Indian journal of veterinary science and animal husbandry - Volumes 18-21, 1948-1951
Year: 1948
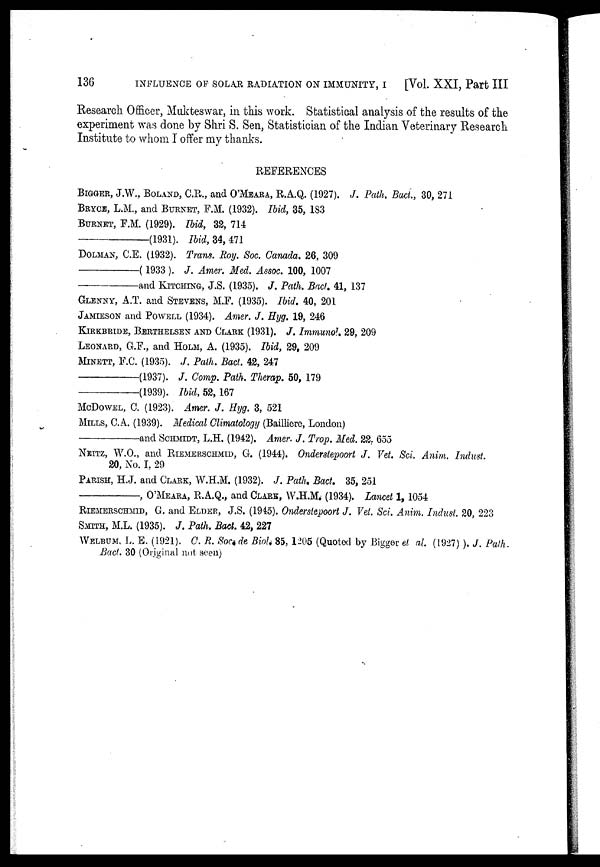
136
INFLUENCE OF SOLAR RADIATION ON IMMUNITY, I
[Vol. XXI, Part III
Research Officer, Mukteswar, in this work. Statistical analysis of the results of the
experiment was done by Shri S. Sen, Statistician of the Indian Veterinary Research
Institute to whom I offer my thanks.
REFERENCES
BIGGER, J.W., BOLAND, C.R., and O'MEARA,R.A.Q. (1927). J. Path. Bact., 30, 271
BRYCE, L.M., and BURNET, F.M. (1932). Ibid, 35, 183
BURNET, F.M. (1929). Ibid, 32, 714
—(1931).
Ibid,
34, 471
DOLMAN, C.E. (1932). Trans. Roy. Soc. Canada. 26, 309
—(1933).
J. Amer. Med. Assoc. 100, 1007
—and
KITCHING,
J.S. (1935). J. Path. Bact. 41, 137
GLENNY, A.T. and STEVENS,M.F. (1935). Ibid. 40, 201
JAMESON and POWELL (1934). Amer. J. Hyg. 19, 246
KIRKBRIDE, BERTHELSEN AND CLARK (1931). J. Immunol. 29, 209
LEONARD, G.F., and HOLM, A. (1935). Ibid, 29, 209
MINETT, F.C. (1935). J. Path. Bact. 42, 247
—(1937).
J. Comp. Path. Therap. 50, 179
—(1939).
Ibid, 52, 167
McDOWEL, C. (1923). Amer. J. Hyg. 3, 521
MILLS, C.A. (1939). Medical Climatology (Bailliere, London)
—and
SCHMIDT,
L.H. (1942). Amer. J. Trop. Med. 22, 655
NKITZ, W.O., and RIEMERSCHMID, G. (1944). Onderstepoort J. Vet. Sci. Anim. Indust.
20, No. I, 29
PARISH, H.J. and CLARK, W.H.M. (1932). J. Path. Bact. 35, 251
—,
O'MEARA, R.A.Q., and CLARK, W.H.M. (1934). Lancet 1, 1054
RIEMERSCHMID, G. and ELDERA, J.S. (1945). Onderstepoort J. Vet. Sci. Anim. Indust. 20, 223
SMITH, M.L. (1935). J. Path. Bact. 42, 227
WELBUM, L. E. (1921). C. R. Soc. de Biol. 85, 1205 (Quoted by Bigger el al (1927) ). J. Path.
Bact. 30 (Original not seen)